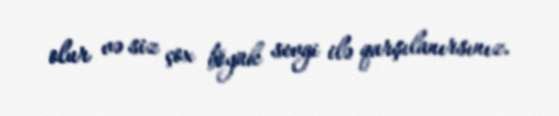
olur və siz çox böyük sevgi ilə qarşılanırsınız.